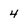
Character: 4